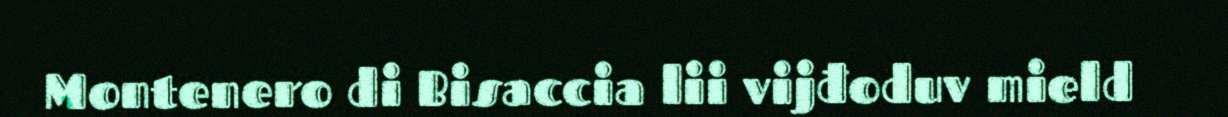
Montenero di Bisaccia lii vijđoduv mield